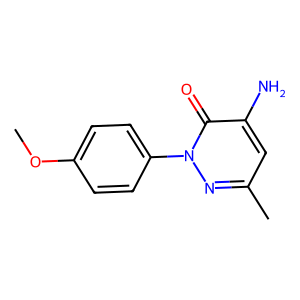
SMILES: COc1ccc(-n2nc(C)cc(N)c2=O)cc1
Inhibits HIV replication: No